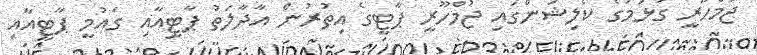
ޖުމްހޫރީ ގުޅުމުގެ ކޯލިޝަންގައި ޖުމްހޫރީ ޕާޓީގެ އިތުރުން އާދާލަތު ޕާޓީއާއި ގައުމީ ޕާޓީއާއި